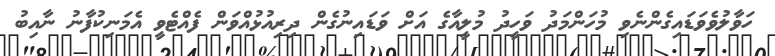
ހަވާލުވެވަޑައިގެންނެވި މުހަންމަދު ވަހީދު މުލީއާގެ އަށް ވަޑައިނުގެން ދިރިއުޅުއްވަން ފެއްޓެވީ އެމަނިކުފާނު ނާއިބު